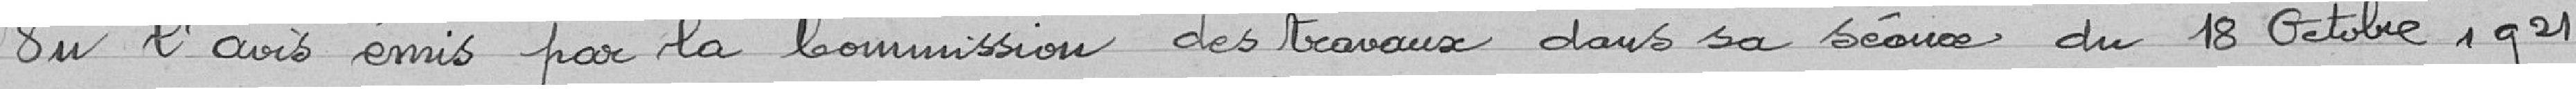
Vu l'avis émis par la Commission des travaux dans sa séance du 18 octobre 1921